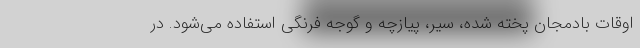
اوقات بادمجان پخته شده، سیر، پیازچه و گوجه فرنگی استفاده می‌شود. در